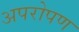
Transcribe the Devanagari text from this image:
अपरोपण